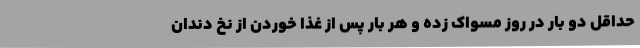
حداقل دو بار در روز مسواک زده و هر بار پس از غذا خوردن از نخ دندان